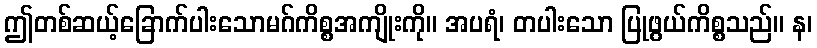
ဤတစ်ဆယ့်ခြောက်ပါးသောမဂ်ကိစ္စအကျိုးကို။ အပရံ၊ တပါးသော ပြုဖွယ်ကိစ္စသည်။ န၊